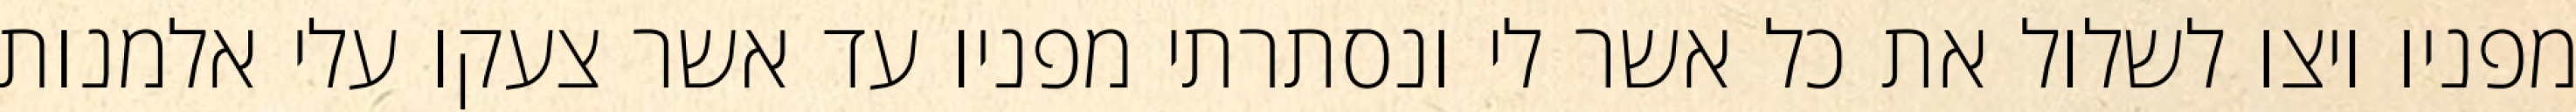
מפניו ויצו לשלול את כל אשר לי ונסתרתי מפניו עד אשר צעקו עלי אלמנות